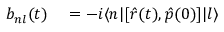
\begin{array} { r l } { b _ { n l } ( t ) } & { { } = - i \langle n | [ \hat { r } ( t ) , \hat { p } ( 0 ) ] | l \rangle } \end{array}